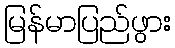
မြန်မာပြည်ဖွား